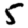
Digit: 5